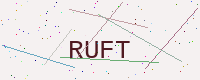
Text: RUFT